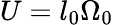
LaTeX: U=l_{0}\Omega_{0}